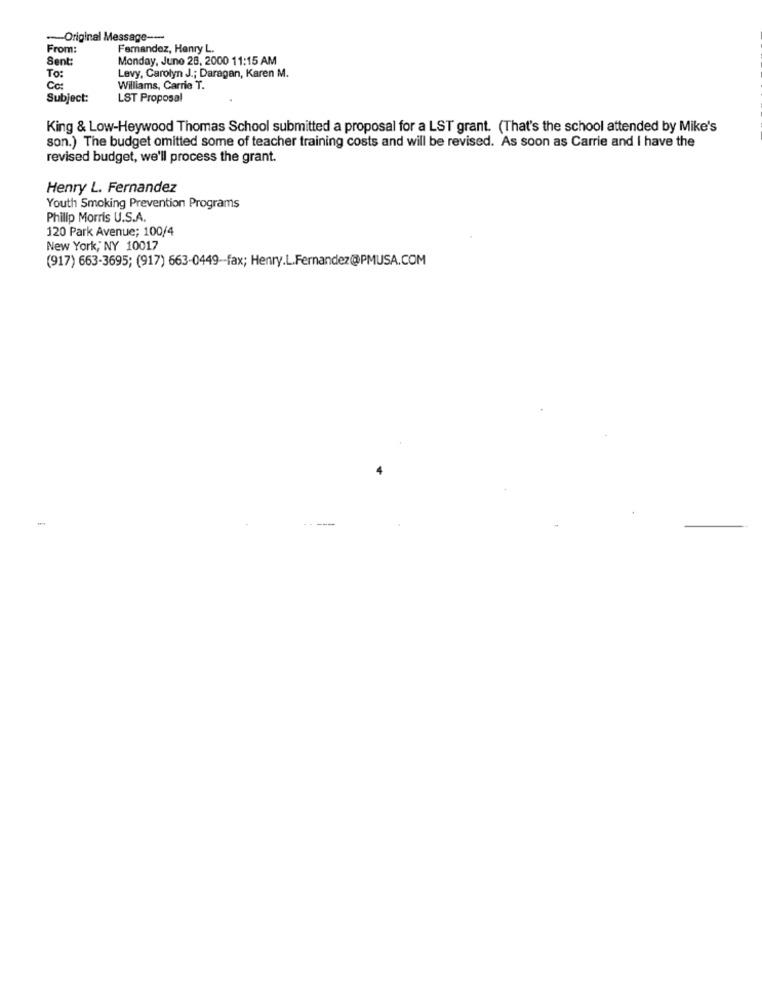
-Original Message --
From:
Fernandez, Henry L.
Sent:
Monday, June 28, 2000 11:15 AM
To:
Levy, Carolyn J .; Daragan, Karen M.
Cc:
Williams, Carrie T.
Subject:
LST Proposal
King & Low-Heywood Thomas School submitted a proposal for a LST grant. (That's the school attended by Mike's
son.) The budget omitted some of teacher training costs and will be revised. As soon as Carrie and I have the
revised budget, we'll process the grant.
Henry L. Fernandez
Youth Smoking Prevention Programs
Philip Morris U.S.A.
120 Park Avenue; 100/4
New York, NY 10017
(917) 663-3695; (917) 663-0449-fax; Henry.L.Fernandez@PMUSA.COM